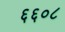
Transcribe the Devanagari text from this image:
६६०८